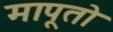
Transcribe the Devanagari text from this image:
मापूतो